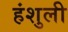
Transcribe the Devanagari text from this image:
हंशुली